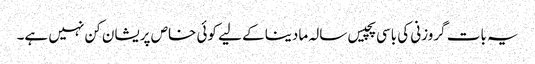
یہ بات گروزنی کی باسی پچیس سالہ مادینا کے لیے کوئی خاص پریشان کن نہیں ہے۔